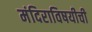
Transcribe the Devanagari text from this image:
मंदिराविषयीची